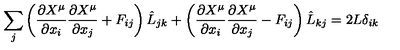
\sum _ { j } \left( \frac { \partial X ^ { \mu } } { \partial x _ { i } } \frac { \partial X ^ { \mu } } { \partial x _ { j } } + F _ { i j } \right) \hat { L } _ { j k } + \left( \frac { \partial X ^ { \mu } } { \partial x _ { i } } \frac { \partial X ^ { \mu } } { \partial x _ { j } } - F _ { i j } \right) \hat { L } _ { k j } = 2 L \delta _ { i k }